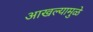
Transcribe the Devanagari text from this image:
आखल्यामुळे